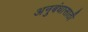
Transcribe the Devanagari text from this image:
अनुबंधासाठी